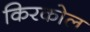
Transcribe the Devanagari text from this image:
किरकोल